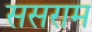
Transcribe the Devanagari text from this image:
ससराम